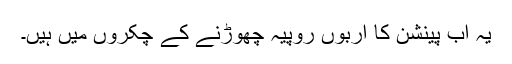
یہ اب پینشن کا اربوں روپیہ چھوڑنے کے چکروں میں ہیں۔